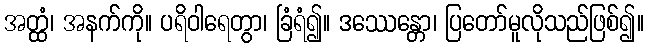
အတ္ထံ၊ အနက်ကို။ ပရိဝါရေတွာ၊ ခြံရံ၍။ ဒဿေန္တော၊ ပြတော်မူလိုသည်ဖြစ်၍။